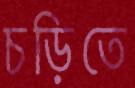
চড়িতে